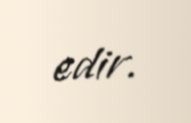
edir.